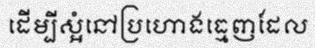
ដើម្បីស្អំនៅប្រហោងធ្មេញដែល